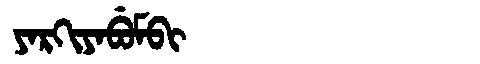
Manchu: ᠶᠠᡵᡴᡳᠶᠠᠪᡠᠮᠪᡳ
Romanization: YARKIYABUMBI